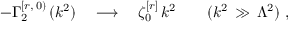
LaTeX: - \Gamma _ { 2 } ^ { [ r , \, 0 ) } \, ( k ^ { 2 } ) \quad \longrightarrow \quad \zeta _ { 0 } ^ { [ r ] } \, k ^ { 2 } \qquad ( k ^ { 2 } \, \gg \, \Lambda ^ { 2 } ) \, \, ,